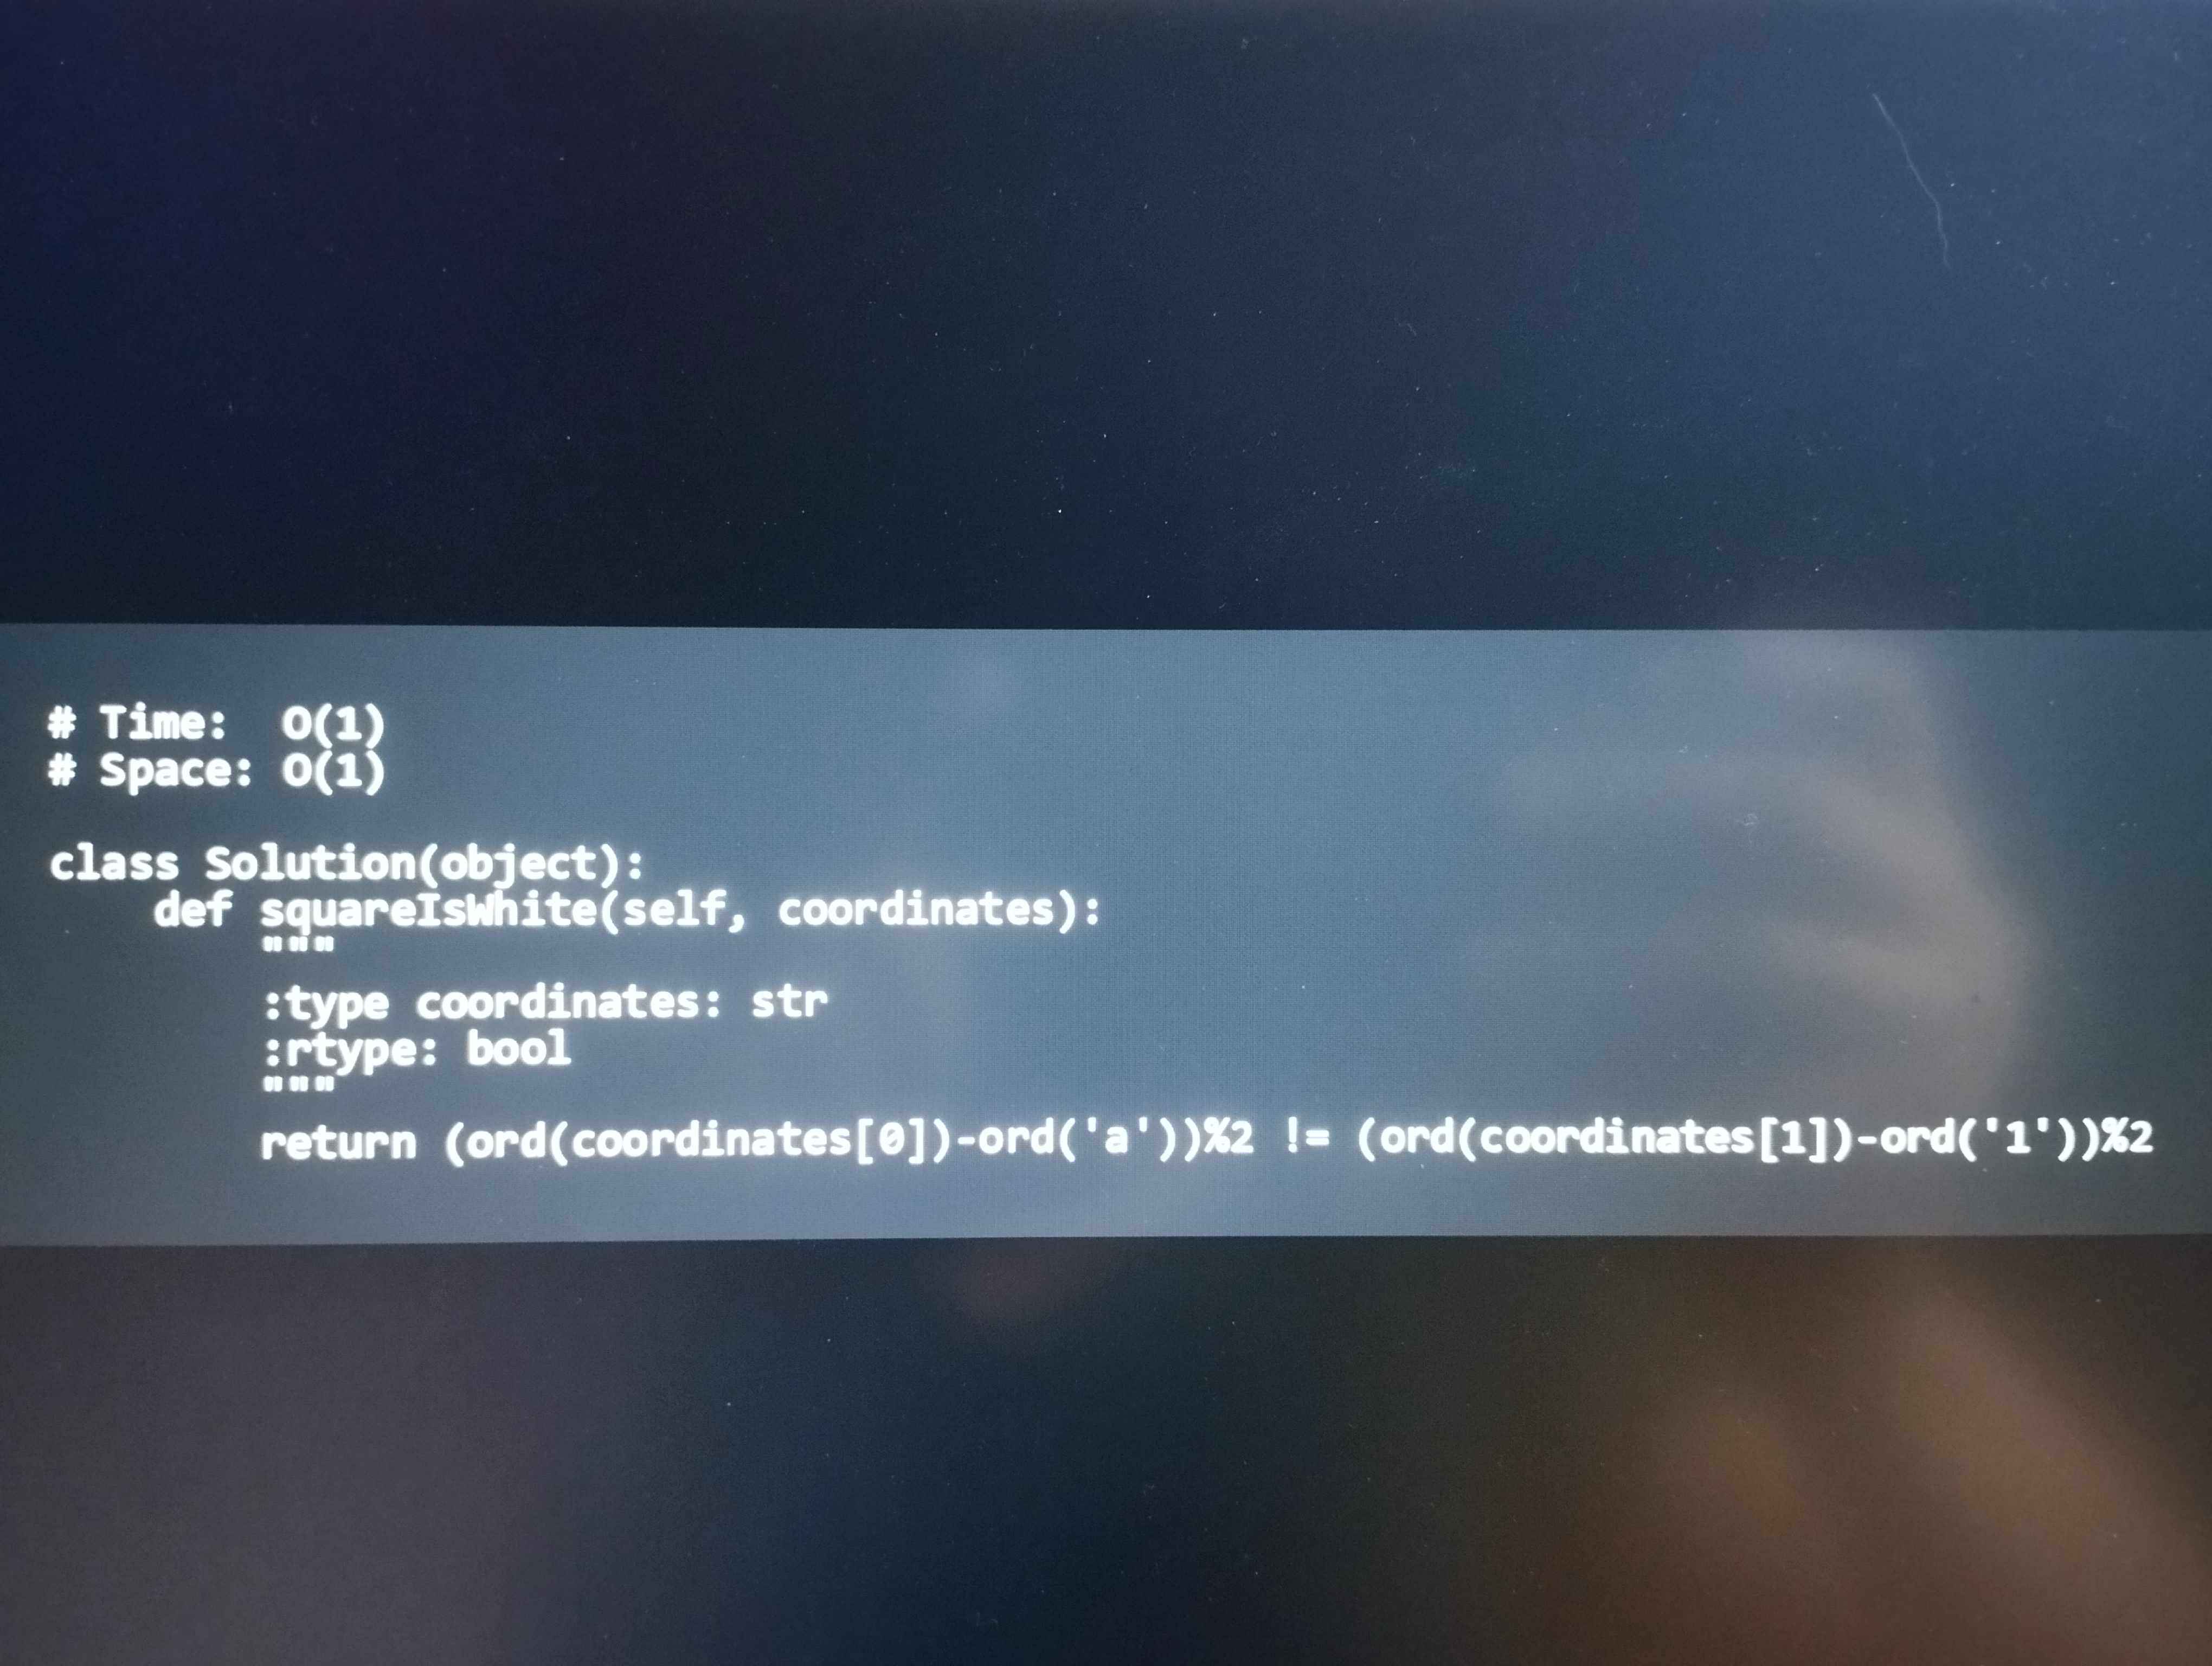
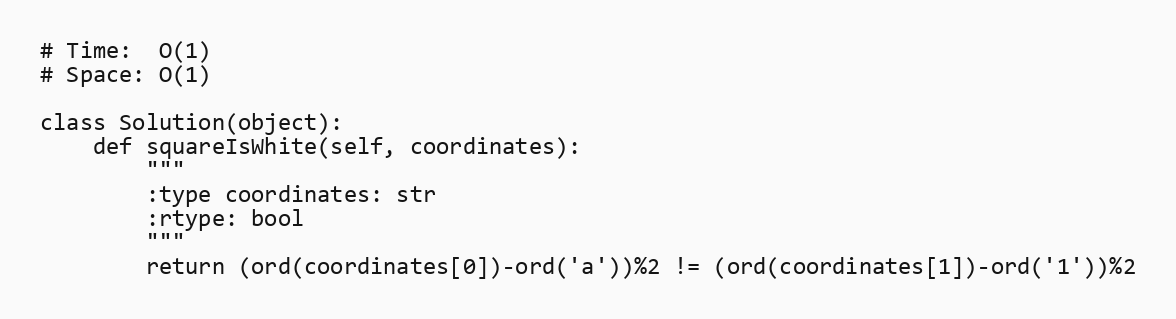
# Time:  O(1)
# Space: O(1)

class Solution(object):
    def squareIsWhite(self, coordinates):
        """
        :type coordinates: str
        :rtype: bool
        """
        return (ord(coordinates[0])-ord('a'))%2 != (ord(coordinates[1])-ord('1'))%2